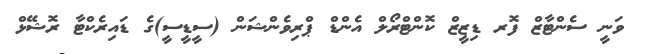
ވަނީ ސެންޓާޒް ފޮރ ޑިޒީޒް ކޮންޓްރޯލް އެންޑް ޕްރިވެންޝަން (ސީޑީސީ)ގެ ޑައިރެކްޓާ ރޮޝޭޅް